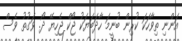
އަންނި ތިވާހަކަ ކުރިން ބުނީމަ ހާދަބަޔަކު ޖޯކް ޖެހިޔޭ ދޯ. ވަގުތު ވެސް